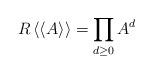
LaTeX: \begin{align*}R\left<\left<A\right>\right>=\prod_{d\ge0} A^d\end{align*}